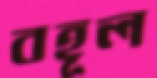
বহূল